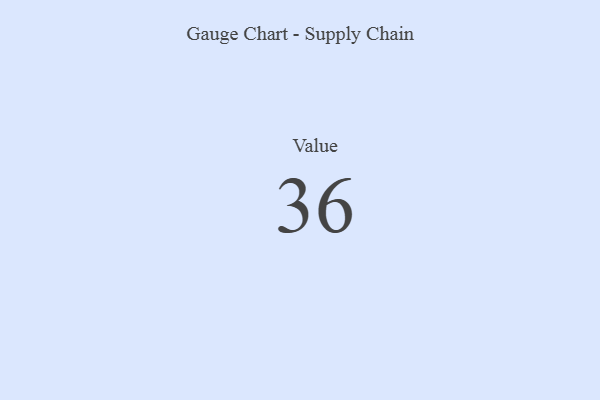
{"axis": {"x": "Metric", "y": "Value"}, "legend": [""], "data": [{"x": "Value", "y": 36, "type": ""}]}